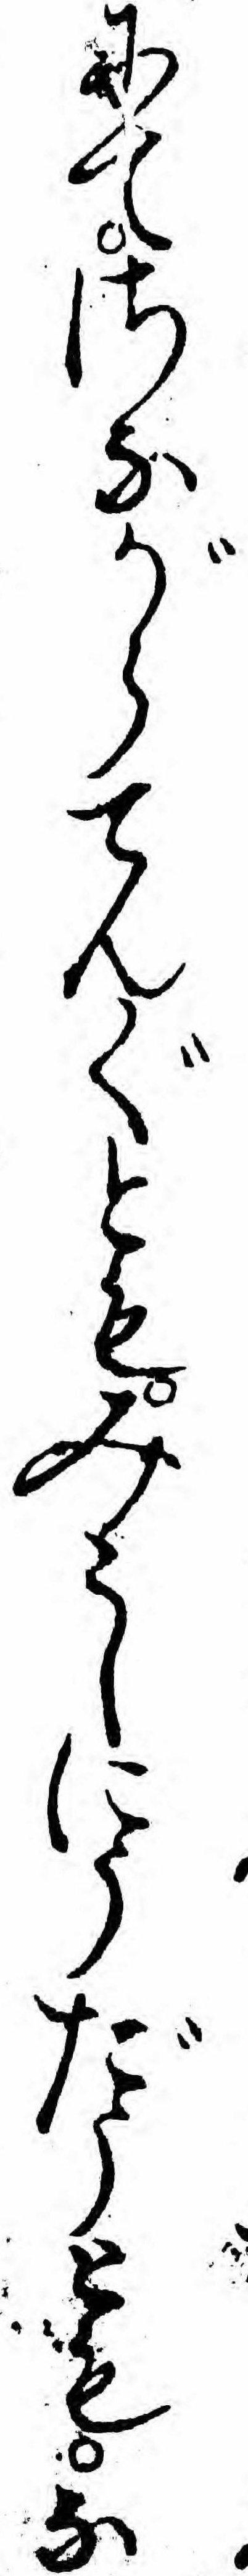
にてさながらてんぐともみこしにうだうともな